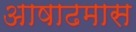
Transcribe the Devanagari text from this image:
अाषाढमास